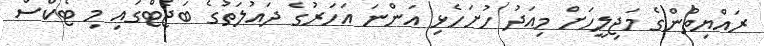
ރައްޔިތުންގެ މަޖިލީހަށް މިއަދު ހުށަހެޅި އަންނަ އަހަރުގެ ދައުލަތުގެ ބަޖެޓްގައި މި ޓެކްސް